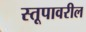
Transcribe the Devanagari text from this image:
स्तूपावरील